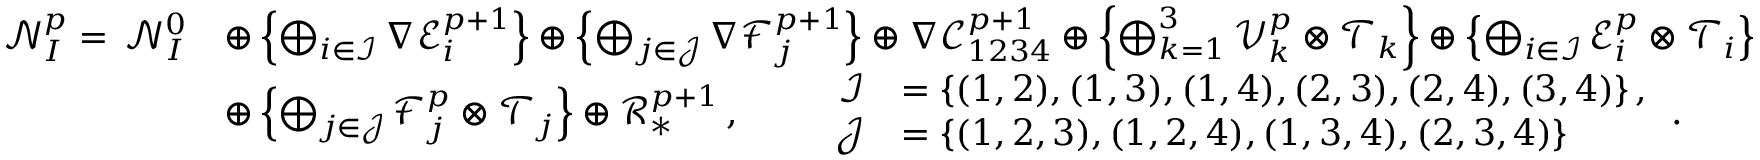
\begin{array} { r l } { \mathcal { N } _ { I } ^ { p } = \, \mathcal { N } _ { I } ^ { 0 } } & { \oplus \left\{ \bigoplus _ { i \in \mathcal { I } } \nabla \mathcal { E } _ { i } ^ { p + 1 } \right\} \oplus \left\{ \bigoplus _ { j \in \mathcal { J } } \nabla \mathcal { F } _ { j } ^ { p + 1 } \right\} \oplus \nabla \mathcal { C } _ { 1 2 3 4 } ^ { p + 1 } \oplus \left\{ \bigoplus _ { k = 1 } ^ { 3 } \mathcal { V } _ { k } ^ { p } \otimes \mathcal { T } _ { k } \right\} \oplus \left\{ \bigoplus _ { i \in \mathcal { I } } \mathcal { E } _ { i } ^ { p } \otimes \mathcal { T } _ { i } \right\} } \\ & { \oplus \left\{ \bigoplus _ { j \in \mathcal { J } } \mathcal { F } _ { j } ^ { p } \otimes \mathcal { T } _ { j } \right\} \oplus \mathcal { R } _ { * } ^ { p + 1 } \, , \qquad \begin{array} { r l } { \mathcal { I } } & { = \{ ( 1 , 2 ) , ( 1 , 3 ) , ( 1 , 4 ) , ( 2 , 3 ) , ( 2 , 4 ) , ( 3 , 4 ) \} \, , } \\ { \mathcal { J } } & { = \{ ( 1 , 2 , 3 ) , ( 1 , 2 , 4 ) , ( 1 , 3 , 4 ) , ( 2 , 3 , 4 ) \} } \end{array} \, . } \end{array}